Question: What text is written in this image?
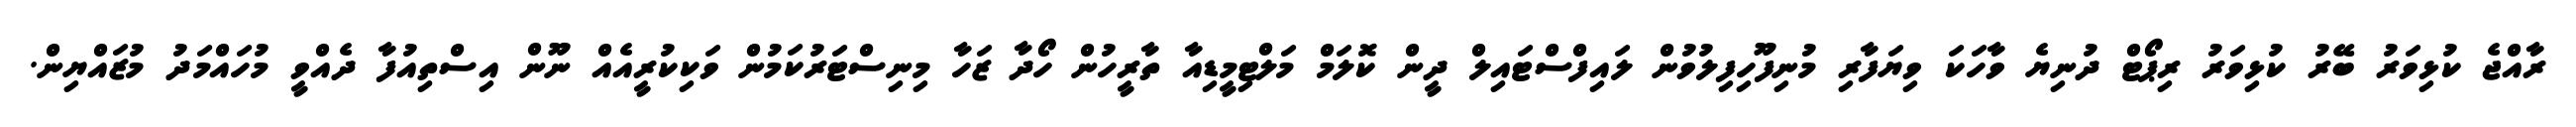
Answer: ރާއްޖެ ކުޅިވަރު ބޭރު ކުޅިވަރު ރިޕޯޓް ދުނިޔެ ވާހަކަ ވިޔަފާރި މުނިފޫހިފިލުވުން ލައިފްސްޓައިލް ދީން ކޮލަމް މަލްޓިމީޑިއާ ތާރީހުން ހޯދާ ޒަހާ މިނިސްޓަރުކަމުން ވަކިކުރީއެއް ނޫން އިސްތިއުފާ ދެއްވީ މުހައްމަދު މުޒައްޔިން.